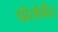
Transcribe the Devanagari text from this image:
प्रोसोपीस्